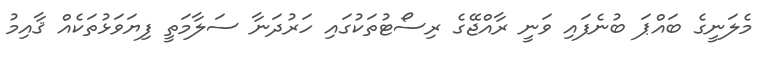
މެލަނީގެ ބައްޕަ ބުނެފައި ވަނީ ރާއްޖޭގެ ރިސޯޓުތަކުގައި ހަރުދަނާ ސަލާމަތީ ފިޔަވަޅުތަކެއް ޤާއިމު